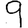
Digit: 9